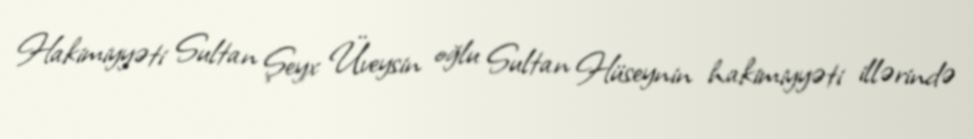
Hakimiyyəti Sultan Şeyx Üveysin oğlu Sultan Hüseynin hakimiyyəti illərində